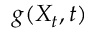
g ( X _ { t } , t )